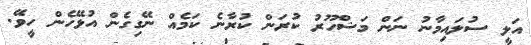
އަލީ ސުލައިމާނު ނަން މަަަޝްހޫރު ކުރަން ކުރާނެ ކަމެއް ނޭގިގެން އުޅޭހެން ހީވޭ.